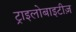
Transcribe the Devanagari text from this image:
ट्राइलोबाइटीज़